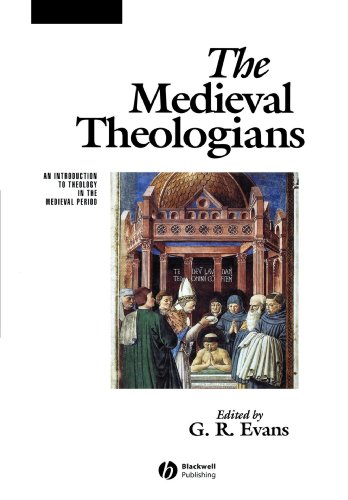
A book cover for The Medieval Theologians: An Introduction to Theology in the Medieval Period; Politics & Social Sciences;